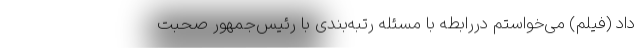
داد (فیلم) می‌خواستم دررابطه با مسئله رتبه‌بندی با رئیس‌جمهور صحبت